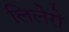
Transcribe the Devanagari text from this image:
लिलेरो